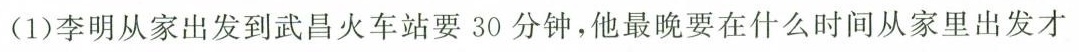
(1)李明从家出发到武昌火车站要30分钟，他最晚要在什么时间从家里出发才